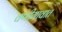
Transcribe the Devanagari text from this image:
वणीगावात